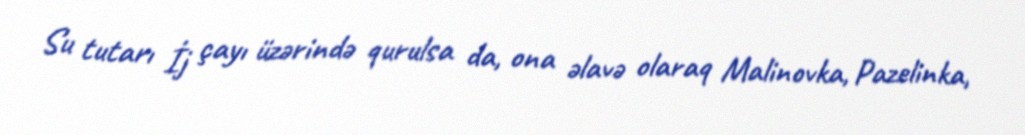
Su tutarı İj çayı üzərində qurulsa da, ona əlavə olaraq Malinovka, Pazelinka,